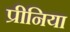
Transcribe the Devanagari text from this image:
प्रीनिया